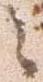
之